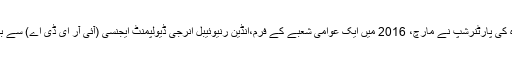
کوآپریٹو بینک کے علاوہ، جئے شاہ کی پارٹنرشپ نے مارچ، 2016 میں ایک عوامی شعبے کے فرم،انڈین رنیوئیبل انرجی ڈیولپمنٹ ایجنسی (آئی آر ای ڈی اے) سے بھی 10.35 کروڑ کا قرض لیا ہے۔